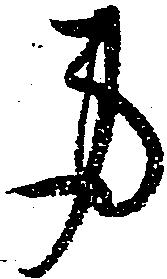
身